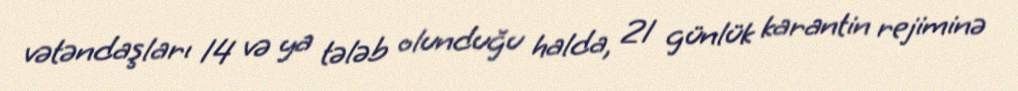
vətəndaşları 14 və ya tələb olunduğu halda, 21 günlük karantin rejiminə